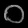
Digit: ၀